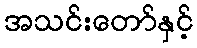
အသင်းတော်နှင့်